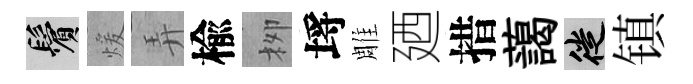
鬢煖弄楡栁埓雕廼措藹徙镇